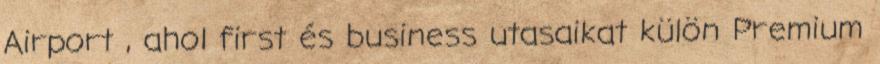
Airport , ahol first és business utasaikat külön Premium